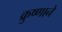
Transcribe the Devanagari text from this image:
क्रुष्णाने